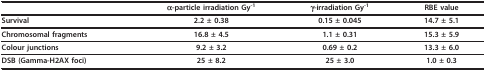
<table><thead><tr><td></td><td><b>α-particle irradiation Gy<sup>-1</sup></b></td><td><b>γ-irradiation Gy<sup>-1</sup></b></td><td><b>RBE value</b></td></tr></thead><tbody><tr><td><b>Survival</b></td><td><b>2.2 ± 0.38</b></td><td><b>0.15 ± 0.045</b></td><td><b>14.7 ± 5.1</b></td></tr><tr><td><b>Chromosomal fragments</b></td><td><b>16.8 ± 4.5</b></td><td><b>1.1 ± 0.31</b></td><td><b>15.3 ± 5.9</b></td></tr><tr><td><b>Colour junctions</b></td><td><b>9.2 ± 3.2</b></td><td><b>0.69 ± 0.2</b></td><td><b>13.3 ± 6.0</b></td></tr><tr><td><b>DSB (Gamma-H2AX foci)</b></td><td><b>25 ± 8.2</b></td><td><b>25 ± 3.0</b></td><td><b>1.0 ± 0.3</b></td></tr></tbody></table>